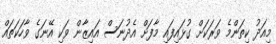
މިއަދު ކިތަންމެ ވަރަކަށް ގުޅައިފައި މާފަށް އެދުނަސް އައިޒާން ވަކި އޭނަގެ ވާހަކަތައް